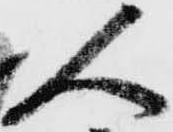
人